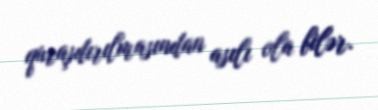
quraşdırılmasından asılı ola bilər.